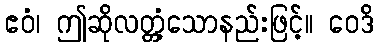
ဧဝံ၊ ဤဆိုလတ္တံ့သောနည်းဖြင့်။ ဝေဒိ